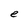
Character: e